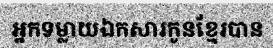
អ្នកទម្លាយឯកសារកូនខ្មែរបាន